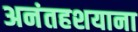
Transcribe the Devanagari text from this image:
अनंतहशयाना